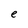
Character: e